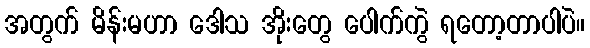
အတွက် မိန်းမဟာ ဒေါသ အိုးတွေ ပေါက်ကွဲ ရတော့တာပါပဲ။